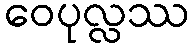
ဝေပုလ္လဿ